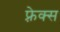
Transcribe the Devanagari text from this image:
फ़्रेक्स